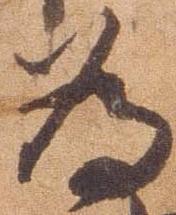
為